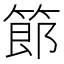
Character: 𫂉